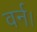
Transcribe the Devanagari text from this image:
वर्न।